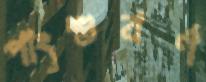
পাংশুবর্ণ